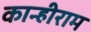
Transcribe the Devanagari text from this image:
कान्हीराम